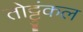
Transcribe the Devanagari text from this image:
तोट्टुंकल